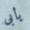
يأبى